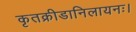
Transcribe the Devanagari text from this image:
कृतक्रीडानिलायनः।